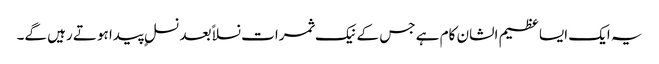
یہ ایک ایسا عظیم الشان کام ہے جس کے نیک ثمرات نسلا ًبعد نسلٍ پیدا ہوتے رہیں گے۔